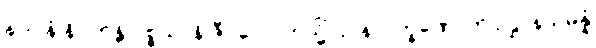
နာဂါနံ နိပကန္တိ ပစ္စယာနိ ဇီဝလောကသ္မိံ ဌပနလက္ခဏောတိ ဥဋ္ဌာနသမ္ပန္နံ